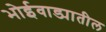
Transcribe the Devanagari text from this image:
भोईवाड्यातील